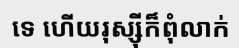
ទេ ហើយរុស្ស៊ីក៏ពុំលាក់